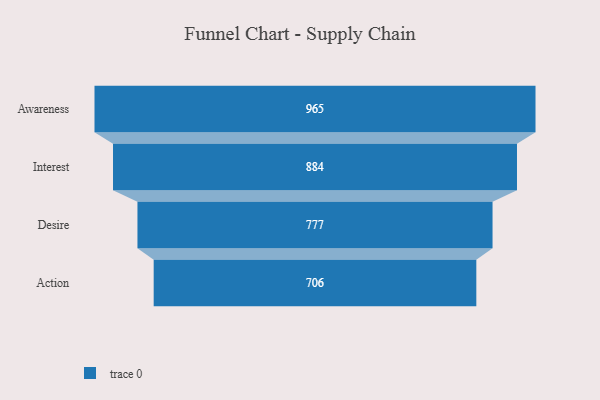
{"axis": {"x": "Stage", "y": "Value"}, "legend": [""], "data": [{"x": "Awareness", "y": 965.0, "type": ""}, {"x": "Interest", "y": 884.0, "type": ""}, {"x": "Desire", "y": 777.0, "type": ""}, {"x": "Action", "y": 706.0, "type": ""}]}